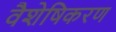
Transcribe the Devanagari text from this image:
वैशेषिकरण